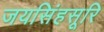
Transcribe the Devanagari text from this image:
जयसिंहसूरि